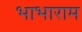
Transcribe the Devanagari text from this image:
भाभाराम